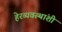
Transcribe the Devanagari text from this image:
हेरव्यवस्थांशी